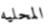
المحليه